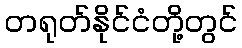
တရုတ်နိုင်ငံတို့တွင်